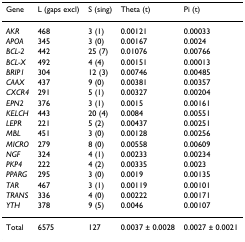
<table><thead><tr><td><b>Gene</b></td><td><b>L (gaps excl)</b></td><td><b>S (sing)</b></td><td><b>Theta (t)</b></td><td><b>Pi (t)</b></td></tr></thead><tbody><tr><td><i>AKR</i></td><td>468</td><td>3 (1)</td><td>0.00121</td><td>0.00033</td></tr><tr><td><i>APOA</i></td><td>345</td><td>3 (0)</td><td>0.00167</td><td>0.0024</td></tr><tr><td><i>BCL-2</i></td><td>442</td><td>25 (7)</td><td>0.01076</td><td>0.00766</td></tr><tr><td><i>BCL-X</i></td><td>492</td><td>4 (4)</td><td>0.00151</td><td>0.00013</td></tr><tr><td><i>BRIP1</i></td><td>304</td><td>12 (3)</td><td>0.00746</td><td>0.00485</td></tr><tr><td><i>CAAX</i></td><td>437</td><td>9 (0)</td><td>0.00381</td><td>0.00357</td></tr><tr><td><i>CXCR4</i></td><td>291</td><td>5 (1)</td><td>0.00327</td><td>0.00204</td></tr><tr><td><i>EPN2</i></td><td>376</td><td>3 (1)</td><td>0.0015</td><td>0.00161</td></tr><tr><td><i>KELCH</i></td><td>443</td><td>20 (4)</td><td>0.0084</td><td>0.00551</td></tr><tr><td><i>LEPR</i></td><td>221</td><td>5 (2)</td><td>0.00437</td><td>0.00251</td></tr><tr><td><i>MBL</i></td><td>451</td><td>3 (0)</td><td>0.00128</td><td>0.00256</td></tr><tr><td><i>MICRO</i></td><td>279</td><td>8 (0)</td><td>0.00558</td><td>0.00609</td></tr><tr><td><i>NGF</i></td><td>324</td><td>4 (1)</td><td>0.00233</td><td>0.00234</td></tr><tr><td><i>PKP4</i></td><td>222</td><td>4 (2)</td><td>0.00335</td><td>0.0023</td></tr><tr><td><i>PPARG</i></td><td>295</td><td>3 (0)</td><td>0.0019</td><td>0.00135</td></tr><tr><td><i>TAR</i></td><td>467</td><td>3 (1)</td><td>0.00119</td><td>0.00101</td></tr><tr><td><i>TRANS</i></td><td>336</td><td>4 (0)</td><td>0.00222</td><td>0.00171</td></tr><tr><td><i>YTH</i></td><td>378</td><td>9 (5)</td><td>0.0046</td><td>0.00107</td></tr><tr><td>Total</td><td>6575</td><td>127</td><td>0.0037 ± 0.0028</td><td>0.0027 ± 0.0021</td></tr></tbody></table>